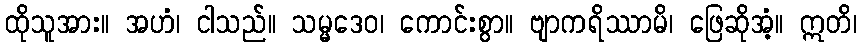
ထိုသူအား။ အဟံ၊ ငါသည်။ သမ္မဒေဝ၊ ကောင်းစွာ။ ဗျာကရိဿာမိ၊ ဖြေဆိုအံ့။ ဣတိ၊